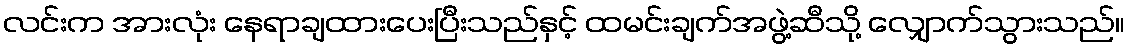
လင်းက အားလုံး နေရာချထားပေးပြီးသည်နှင့် ထမင်းချက်အဖွဲ့ဆီသို့ လျှောက်သွားသည်။